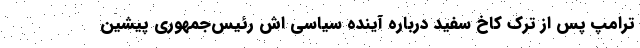
ترامپ پس از ترک کاخ سفید درباره آینده سیاسی اش رئیس‌جمهوری پیشین